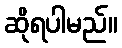
ဆိုရပါမည်။